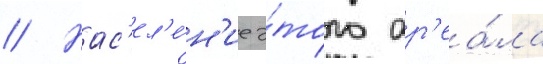
// Нас'ел'е́н'ие э́того ар'еа́ла